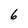
Character: 6